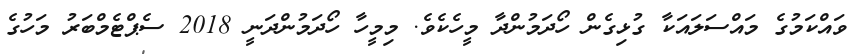
ވައްކަމުގެ މައްސަލައަކާ ގުޅިގެން ހޯދަމުންދާ މީހެކެވެ. މިމީހާ ހޯދަމުންދަނީ 2018 ސެޕްޓެމްބަރު މަހުގެ